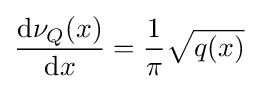
{\frac {\mathrm {d} \nu _{Q}(x)}{\mathrm {d} x}}={\frac {1}{\pi }}{\sqrt {q(x)}}